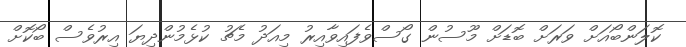
ކޮލަންބޯއަށް ވަރަށް ބޮޑަށް މޫސުން ގޯސްވެފައިވާއިރު މިއަދު މެޗު ކުޅެމުންދިޔަ އިރުވެސް ބޯކޮށް